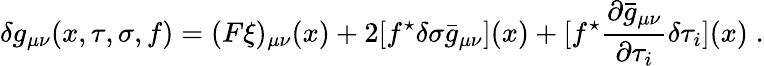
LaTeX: \delta g_{\mu\nu}(x,\tau,\sigma,f)=(F\xi)_{\mu\nu}(x)+2[f^{\star}\delta\sigma\bar{g}_{\mu\nu}](x)+[f^{\star}\frac{\partial\bar{g}_{\mu\nu}}{\partial\tau_{i}}\delta\tau_{i}](x)\; .